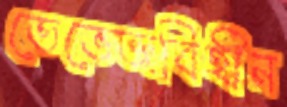
তেভেজবিহীন